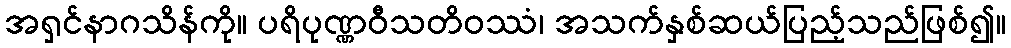
အရှင်နာဂသိန်ကို။ ပရိပုဏ္ဏဝီသတိဝဿံ၊ အသက်နှစ်ဆယ်ပြည့်သည်ဖြစ်၍။